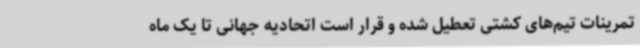
تمرینات تیم‌های کشتی تعطیل شده و قرار است اتحادیه جهانی تا یک ماه